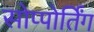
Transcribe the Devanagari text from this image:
सोप्पोर्तिंग